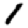
Digit: 1